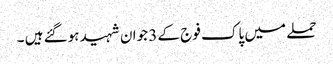
حملے میں پاک فوج کے 3 جوان شہید ہوگئے ہیں ۔